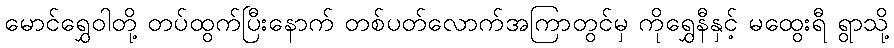
မောင်ရွှေဝါတို့ တပ်ထွက်ပြီးနောက် တစ်ပတ်လောက်အကြာတွင်မှ ကိုရွှေနီနှင့် မထွေးရီ ရွာသို့